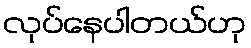
လုပ်နေပါတယ်ဟု